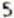
5